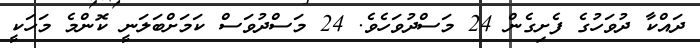
ދައްކާ ދުވަހުގެ ފެށިގެން 24 މަސްދުވަހެވެ. 24 މަސްދުވަސް ކަމަށްބަލަނީ ކޮންމެ މަހަކީ